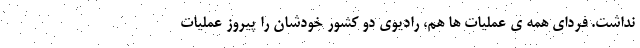
نداشت. فردای همه ی عملیات ها هم، رادیوی دو کشور خودشان را پیروز عملیات